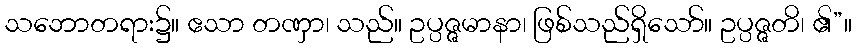
သဘောတရား၌။ ဧသာ တဏှာ၊ သည်။ ဥပ္ပဇ္ဇမာနာ၊ ဖြစ်သည်ရှိသော်။ ဥပ္ပဇ္ဇတိ၊ ၏”။